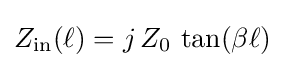
Z_{\mathrm {in} }(\ell )=j\,Z_{0}\,\tan(\beta \ell )